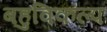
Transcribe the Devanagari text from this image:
बहुविकल्प